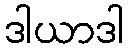
ဒါယာဒါ